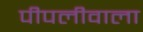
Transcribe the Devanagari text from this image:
पीपलीवाला